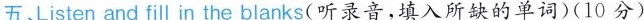
五、Listen and fill in the blanks( 听录音,填入所缺的单词)(10 分)